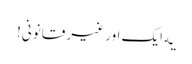
‎یه ایک اور غیر قانونی!